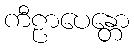
ကီဠာပေန္တော